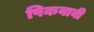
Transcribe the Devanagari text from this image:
पिकवावी